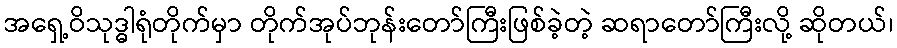
အရှေ့ဝိသုဒ္ဓါရုံတိုက်မှာ တိုက်အုပ်ဘုန်းတော်ကြီးဖြစ်ခဲ့တဲ့ ဆရာတော်ကြီးလို့ ဆိုတယ်၊